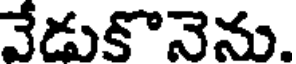
వేడుకొనెను.